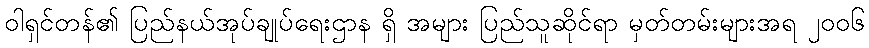
ဝါရှင်တန်၏ ပြည်နယ်အုပ်ချုပ်ရေးဌာန ရှိ အများ ပြည်သူဆိုင်ရာ မှတ်တမ်းများအရ ၂၀၀၆